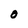
Character: O